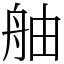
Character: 舳